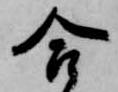
合